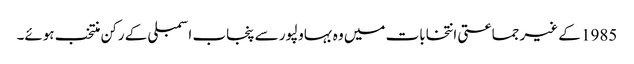
1985 کے غیر جماعتی انتخابات میں وہ بہاولپور سے پنجاب اسمبلی کے رکن منتخب ہوئے۔